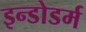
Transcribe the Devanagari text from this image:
इन्डोडर्म